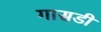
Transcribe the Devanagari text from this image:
गासडी